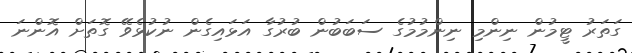
ގަތަރު ޓީމުން ނިންމި ނިންމުމުގެ ސަބަބުން ބުރުގާ އަޅައިގެން ނުކުޅެވޭ ގޮތަށް އޮންނަ